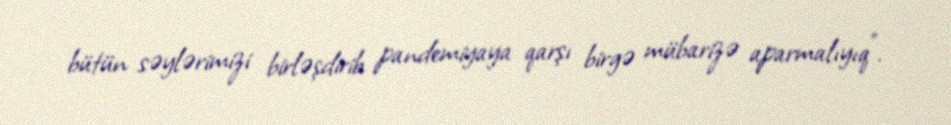
bütün səylərimizi birləşdirib pandemiyaya qarşı birgə mübarizə aparmalıyıq”.